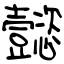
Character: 懿